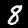
Label: 8